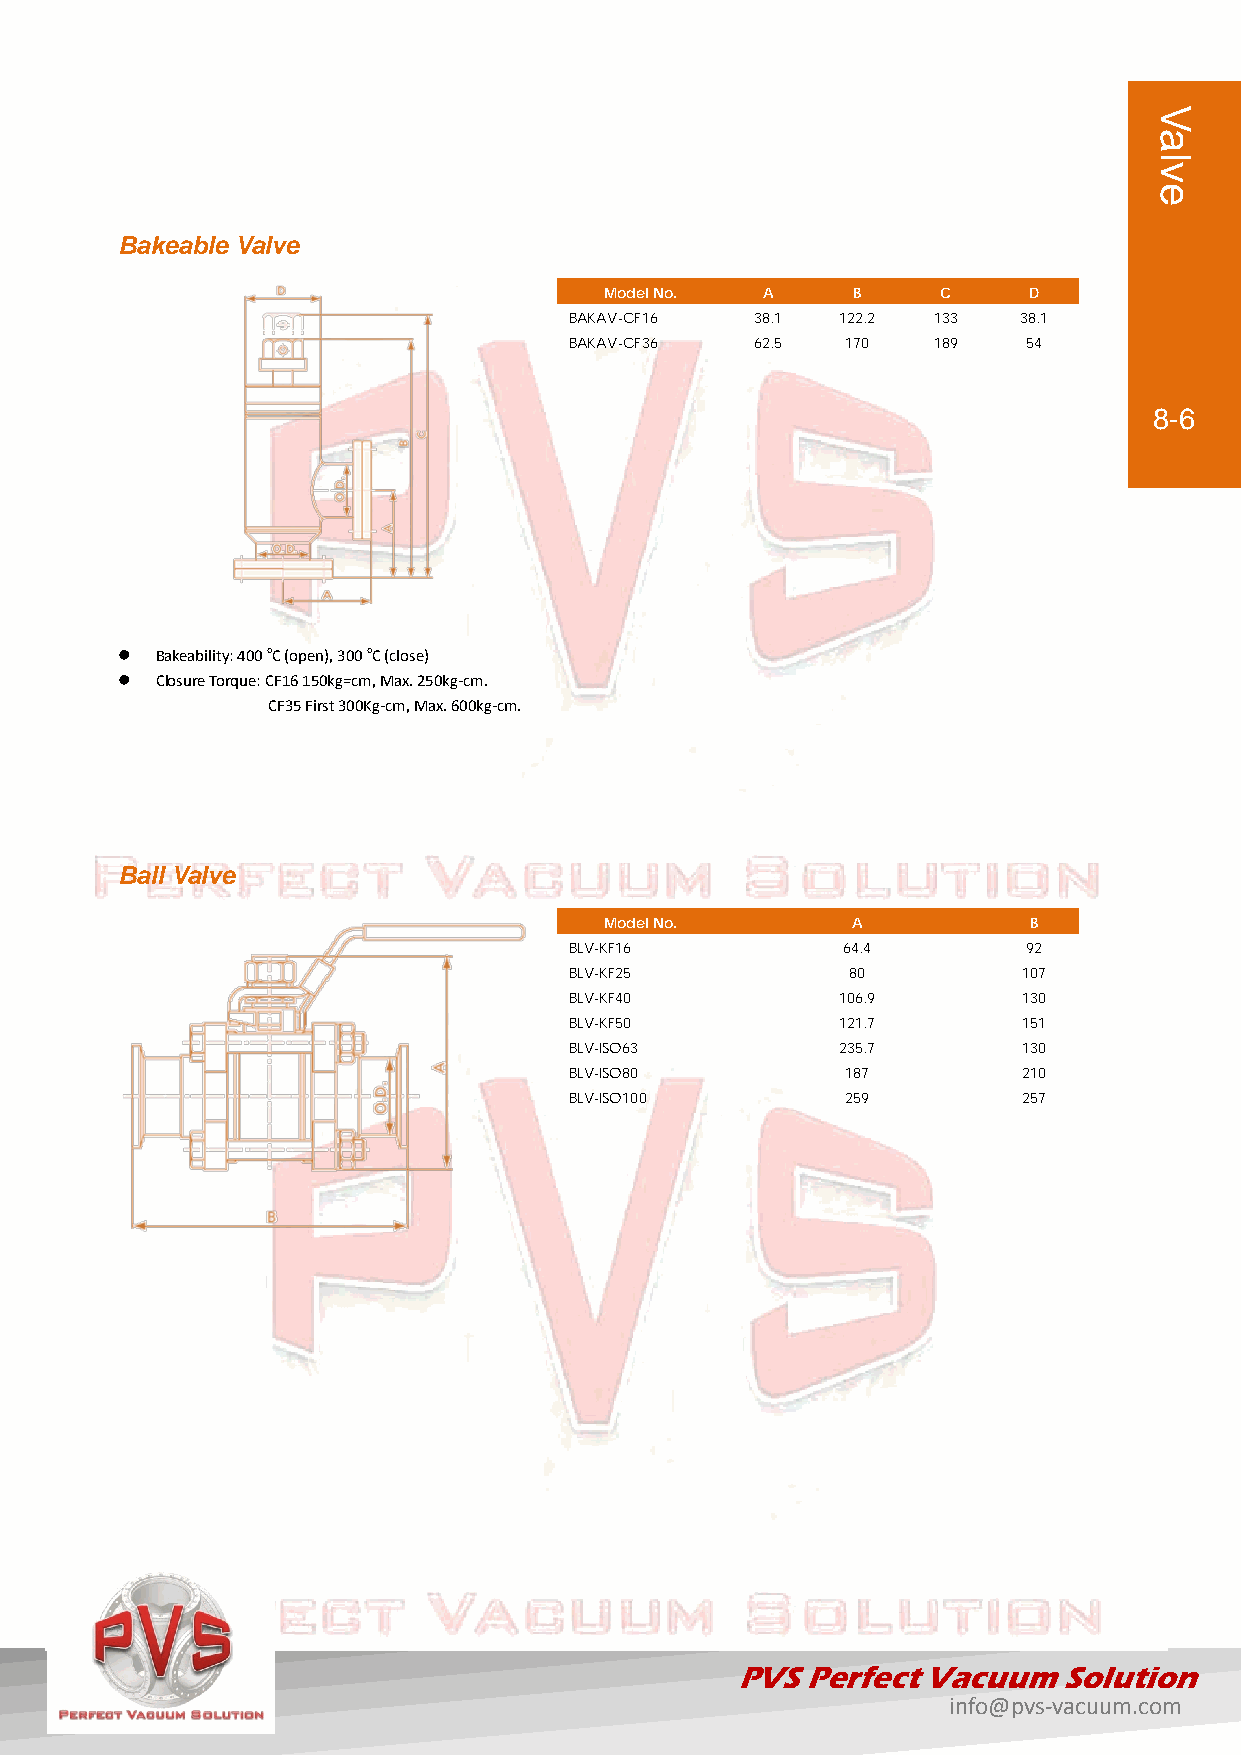
Bakeable Valve
 Model No. A     B     C     D
 BAKAV-CF16  38.1 122.2  133  38.1
 BAKAV-CF36  62.5  170   189   54
 8-6
  Bakeability: 400 oC (open), 300 oC (close)
  Closure Torque: CF16 150kg=cm, Max. 250kg-cm.
 CF35 First 300Kg-cm, Max. 600kg-cm.
 Ball Valve
 Model No.       A           B
 BLV-KF16          64.4        92
 BLV-KF25          80          107
 BLV-KF40         106.9        130
 BLV-KF50         121.7        151
 BLV-ISO63        235.7        130
 BLV-ISO80         187         210
 BLV-ISO100        259         257
 PVS Perfect Vacuum   Solution
 info@pvs-vacuum.com
 Valve